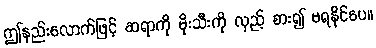
ဤနည်းလောက်ဖြင့် ဆရာကို မိုးသီးကို လှည့် စား၍ မရနိုင်ပေ။